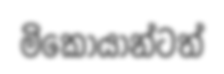
මිකොයාන්ටත්